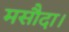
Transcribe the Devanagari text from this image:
मसौदा।